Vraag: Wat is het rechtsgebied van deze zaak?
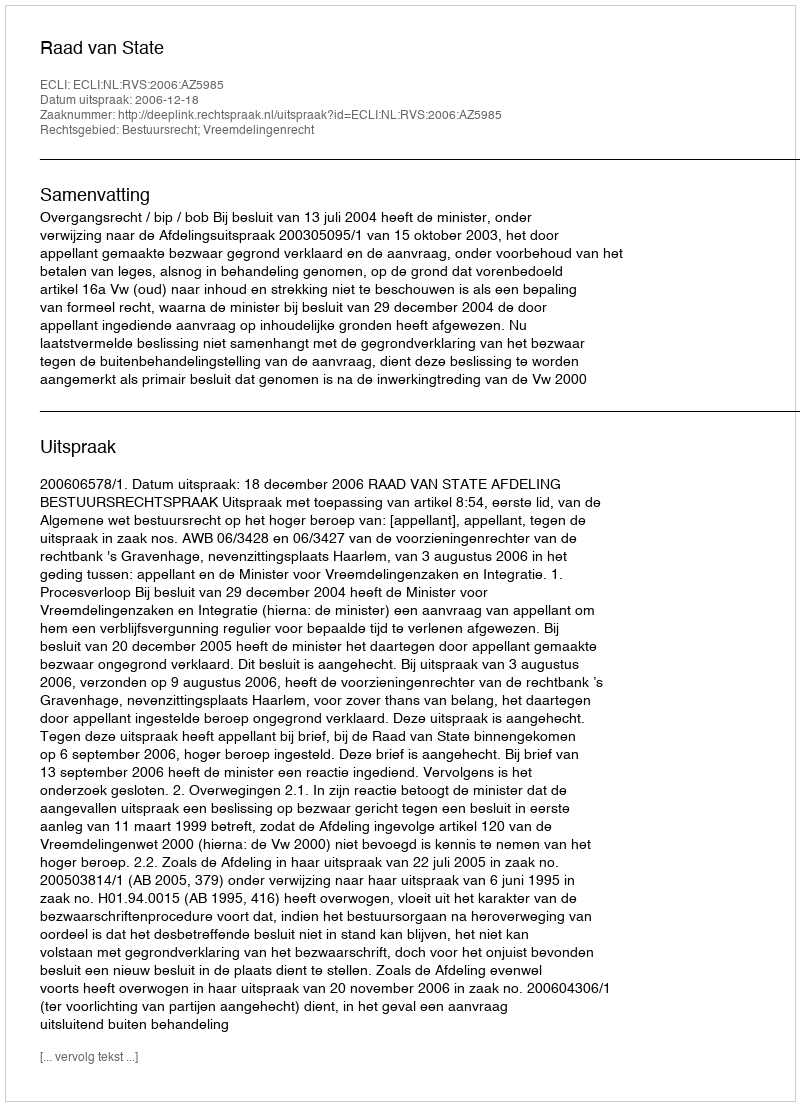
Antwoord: Bestuursrecht; Vreemdelingenrecht